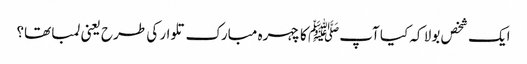
ایک شخص بولا کہ کیا آپﷺ کا چہرہ مبارک تلوار کی طرح یعنی لمبا تھا؟